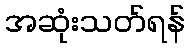
အဆုံးသတ်ရန်